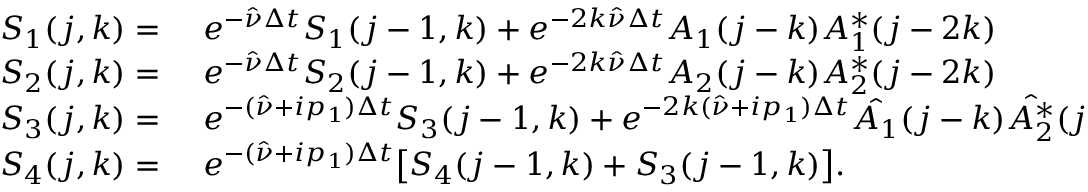
\begin{array} { r l } { S _ { 1 } ( j , k ) = } & { { } \ e ^ { - \hat { \nu } \Delta t } S _ { 1 } ( j - 1 , k ) + e ^ { - 2 k \hat { \nu } \Delta t } A _ { 1 } ( j - k ) A _ { 1 } ^ { * } ( j - 2 k ) } \\ { S _ { 2 } ( j , k ) = } & { { } \ e ^ { - \hat { \nu } \Delta t } S _ { 2 } ( j - 1 , k ) + e ^ { - 2 k \hat { \nu } \Delta t } A _ { 2 } ( j - k ) A _ { 2 } ^ { * } ( j - 2 k ) } \\ { S _ { 3 } ( j , k ) = } & { { } \ e ^ { - ( \hat { \nu } + i p _ { 1 } ) \Delta t } S _ { 3 } ( j - 1 , k ) + e ^ { - 2 k ( \hat { \nu } + i p _ { 1 } ) \Delta t } \hat { A _ { 1 } } ( j - k ) \hat { A _ { 2 } ^ { * } } ( j - 2 k ) } \\ { S _ { 4 } ( j , k ) = } & { { } \ e ^ { - ( \hat { \nu } + i p _ { 1 } ) \Delta t } \bigl [ S _ { 4 } ( j - 1 , k ) + S _ { 3 } ( j - 1 , k ) \bigr ] . } \end{array}